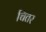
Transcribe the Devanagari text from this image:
चितर